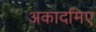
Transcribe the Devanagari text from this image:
अकादमिए